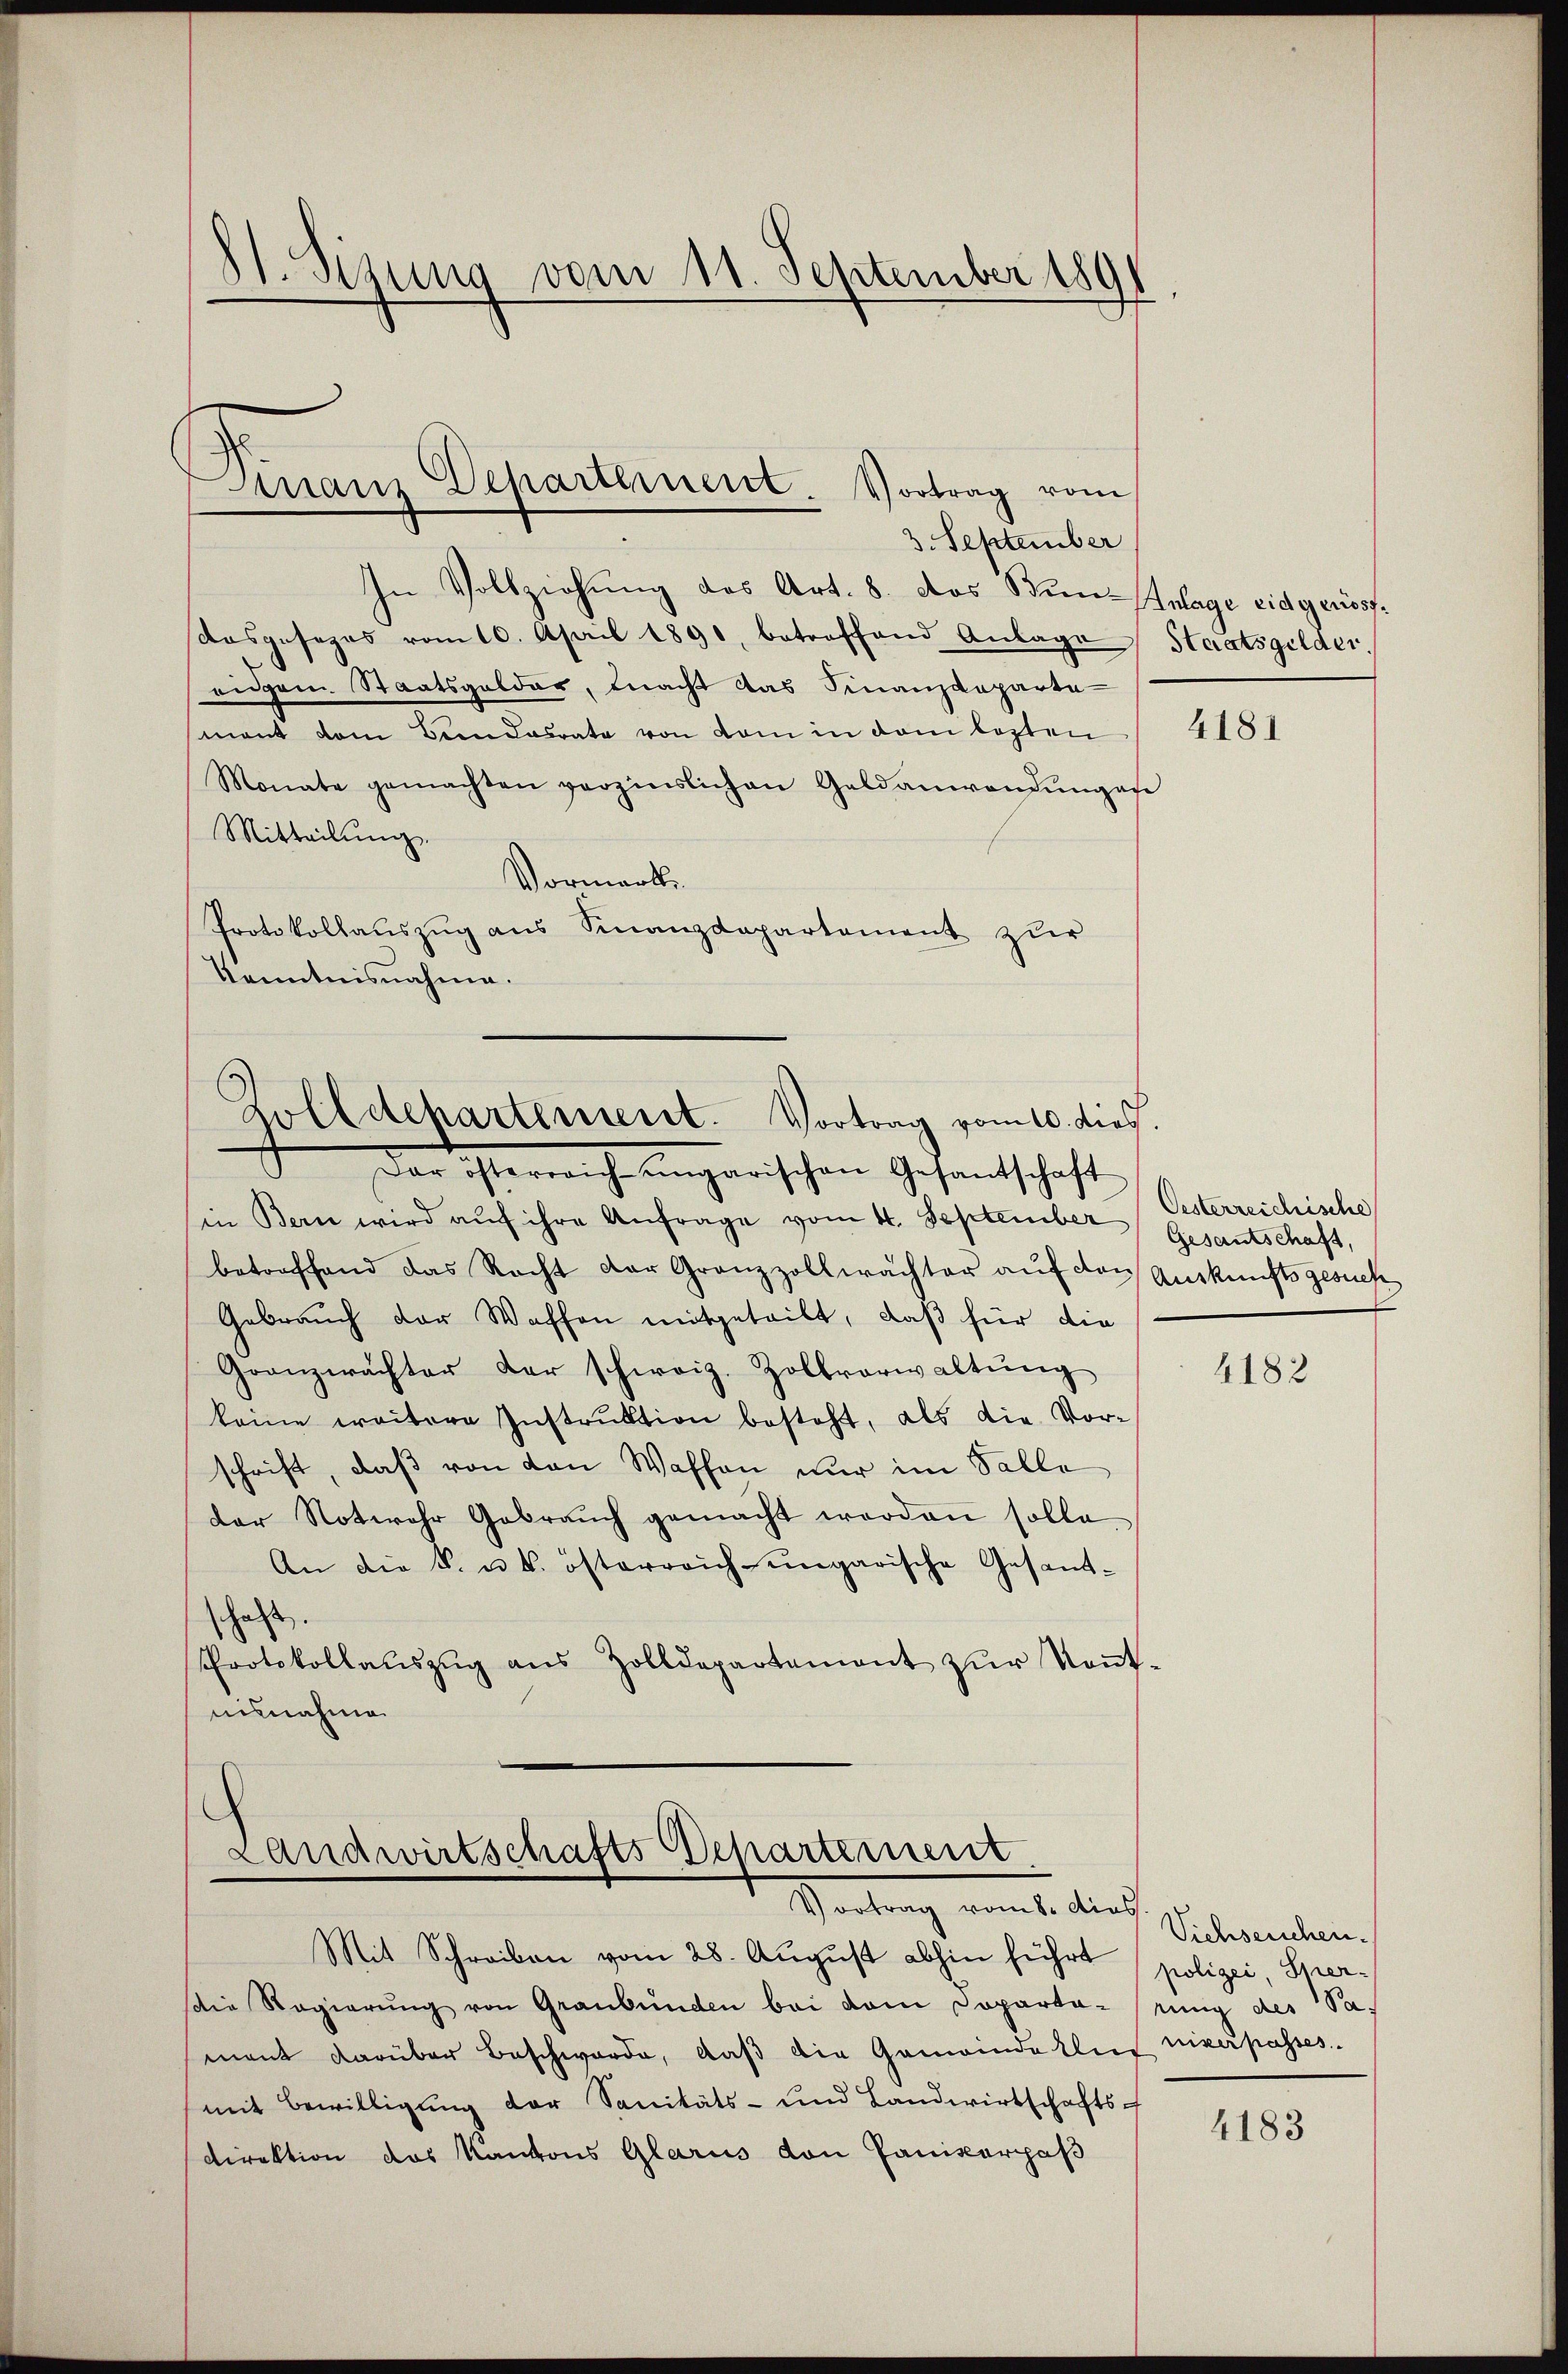
¬
St. Sitzung vom 11. September 1891

Manz Departement Vortrag vom
3. September

In Vollziehŭng des Art. 8. das Sin-Anlage eidgerissfdosgesezes vom 10. April 1890, betreffend Anlage Staatsgelder,
eidem Staatsgelder, macht das Finanzdeparte
mant dem Bern dasrate von dem in dem lezten / 4181
Monate gemachten verzinslichen Geldanwendŭngefe
Mitteilŭng.
Vormerk
Protokollauszug aus Finanzdepartement zur
Kenntnisnahme.

Zolldehartement. Vortrag vom 10. dies.

der österreiche ungarischen Gesandschaft
in Bern wird aŭf ihre Anfrage vom 4. September
betreffend das Recht der Grenzzollmächter auf das Auskunftsgesuch
Gebrauch der Waffen mitgeteilt, daß für die
Granzwachter der schweiz. Zollvorwaltŭng
keine weitere Instrŭktion besteht, als die Vor-
schrift, daß von den Waffen nur im Salle
der Notwehr Gebraŭch gemacht werden solle.
An die k. u. k. österreich-ungarische Gesand-
schaft.
Protokollaŭszŭg ans Zolldepartement zŭr Keṅt-
uisnahme

¬
Landwirtschafts Departement
Stachtung, womite durch

Mit Schreiben vom 28. August abhin führt
die Regierung von Graubünden bei dem Doparta-
mant darüber Beschwerde, daβ die Gemeinderlief niverpasses.
mit Bewilligung der Sanitäts- und Landwirtschafts-
Direktion das Kantons Glarus von Paniscerpaß

Oesterreichische
Gesantschaft,

4182

Viehseuchen.
polizei, Spereung des Sa

4183